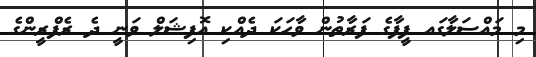
މި މައްސަލާގައ ފީފާގެ ފަރާތުން ވާހަކަ ދެއްކި އޮފިޝަލް ވަނީ ދެ ރެފްރީންގެ